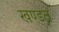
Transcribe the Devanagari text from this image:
खण्डत